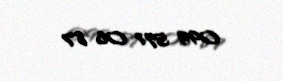
099 571 06 87